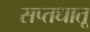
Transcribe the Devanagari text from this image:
सप्तधातू